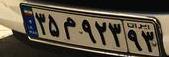
۳۵م۹۲۳۹۳